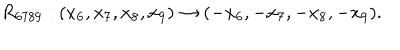
LaTeX: R _ { 6 7 8 9 } : ( x _ { 6 } , x _ { 7 } , x _ { 8 } , x _ { 9 } ) \rightarrow ( - x _ { 6 } , - x _ { 7 } , - x _ { 8 } , - x _ { 9 } ) .